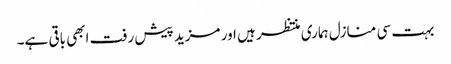
بہت سی منازل ہماری منتظر ہیں اور مزید پیش رفت ابھی باقی ہے۔